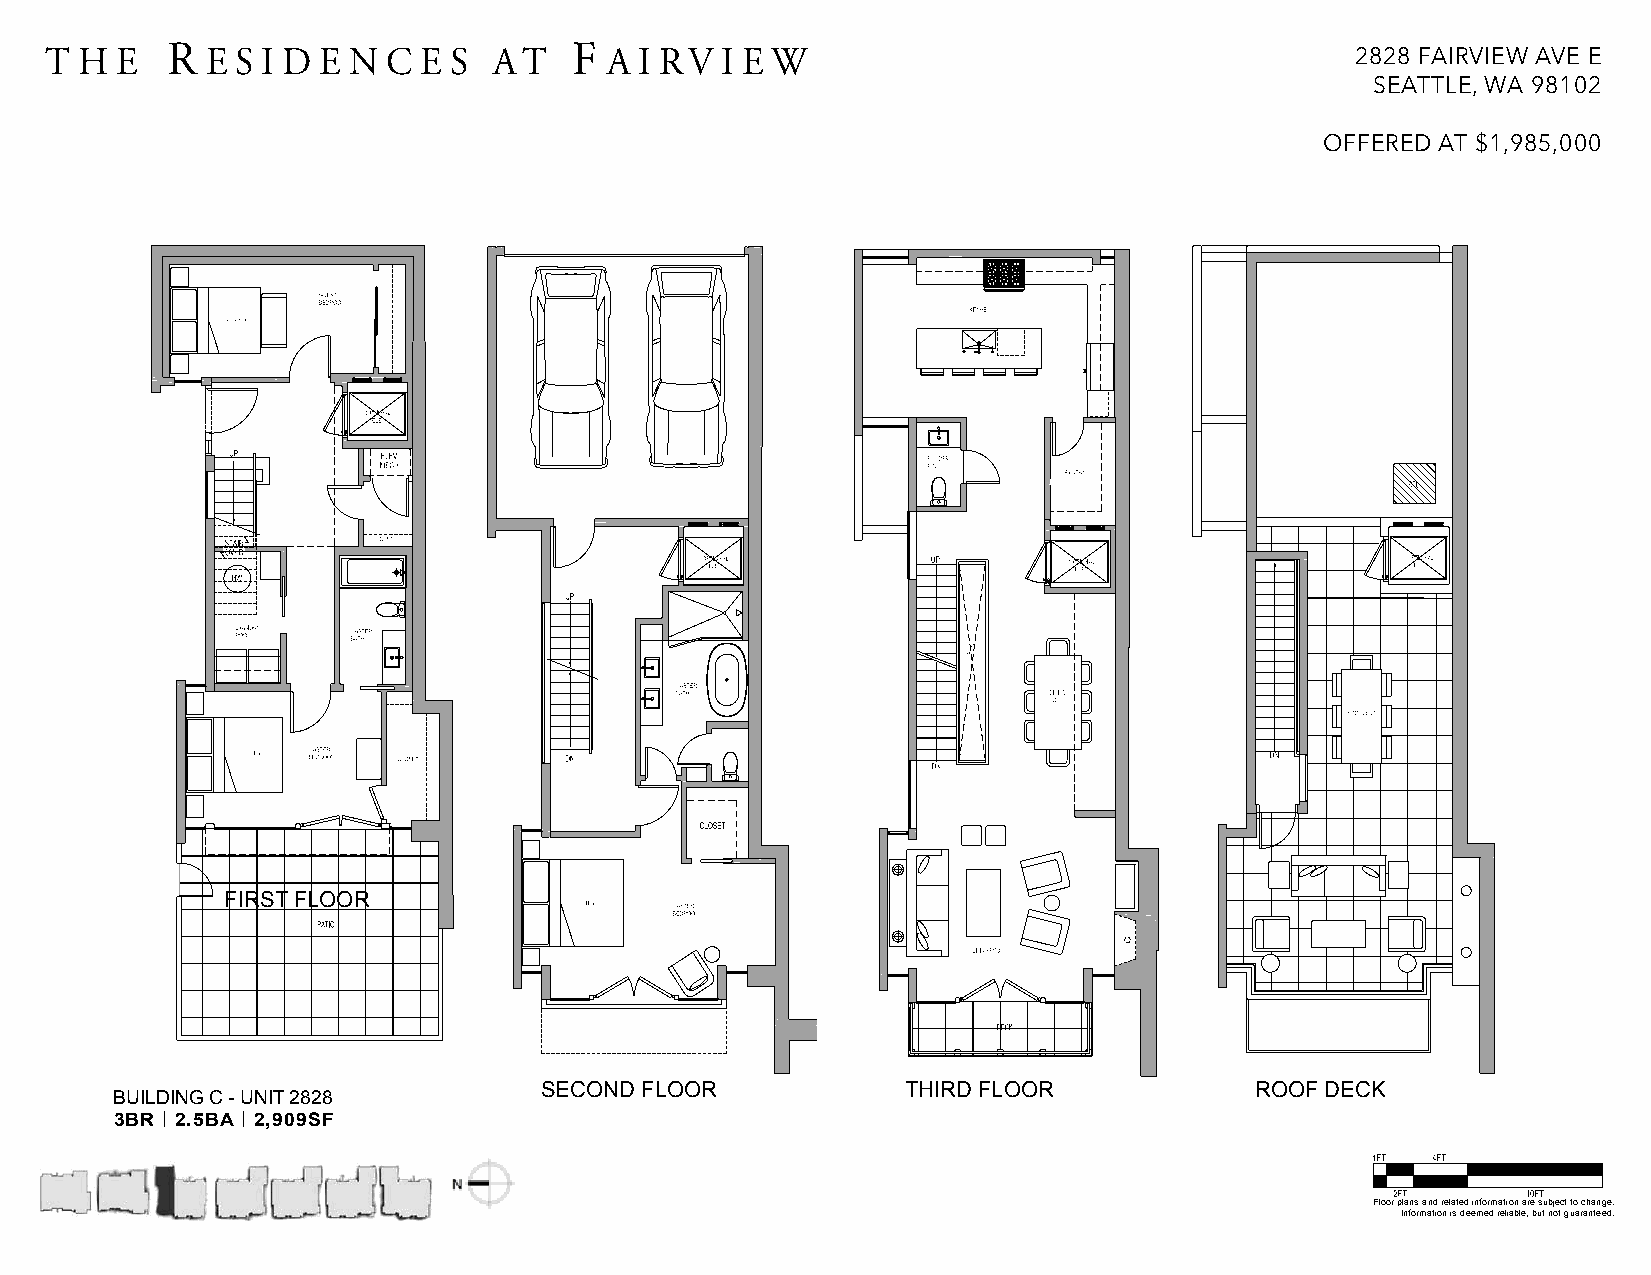
T H  E  R  E S I D E N C E S  AT   F A I RV  I E W                                     2828 FAIRVIEW AVE E
 SEATTLE, WA 98102
 OFFERED AT $1,985,000
 FIRST FLOOR
 SECOND FLOOR            THIRD FLOOR            ROOF DECK
 BUILDING C - UNIT 2828
 3BR | 2.5BA | 2,909SF
 Floor plans and related information are subject to change.
 Information is deemed reliable, but not guaranteed.